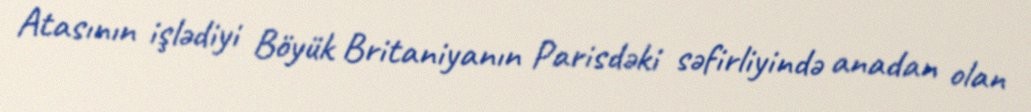
Atasının işlədiyi Böyük Britaniyanın Parisdəki səfirliyində anadan olan